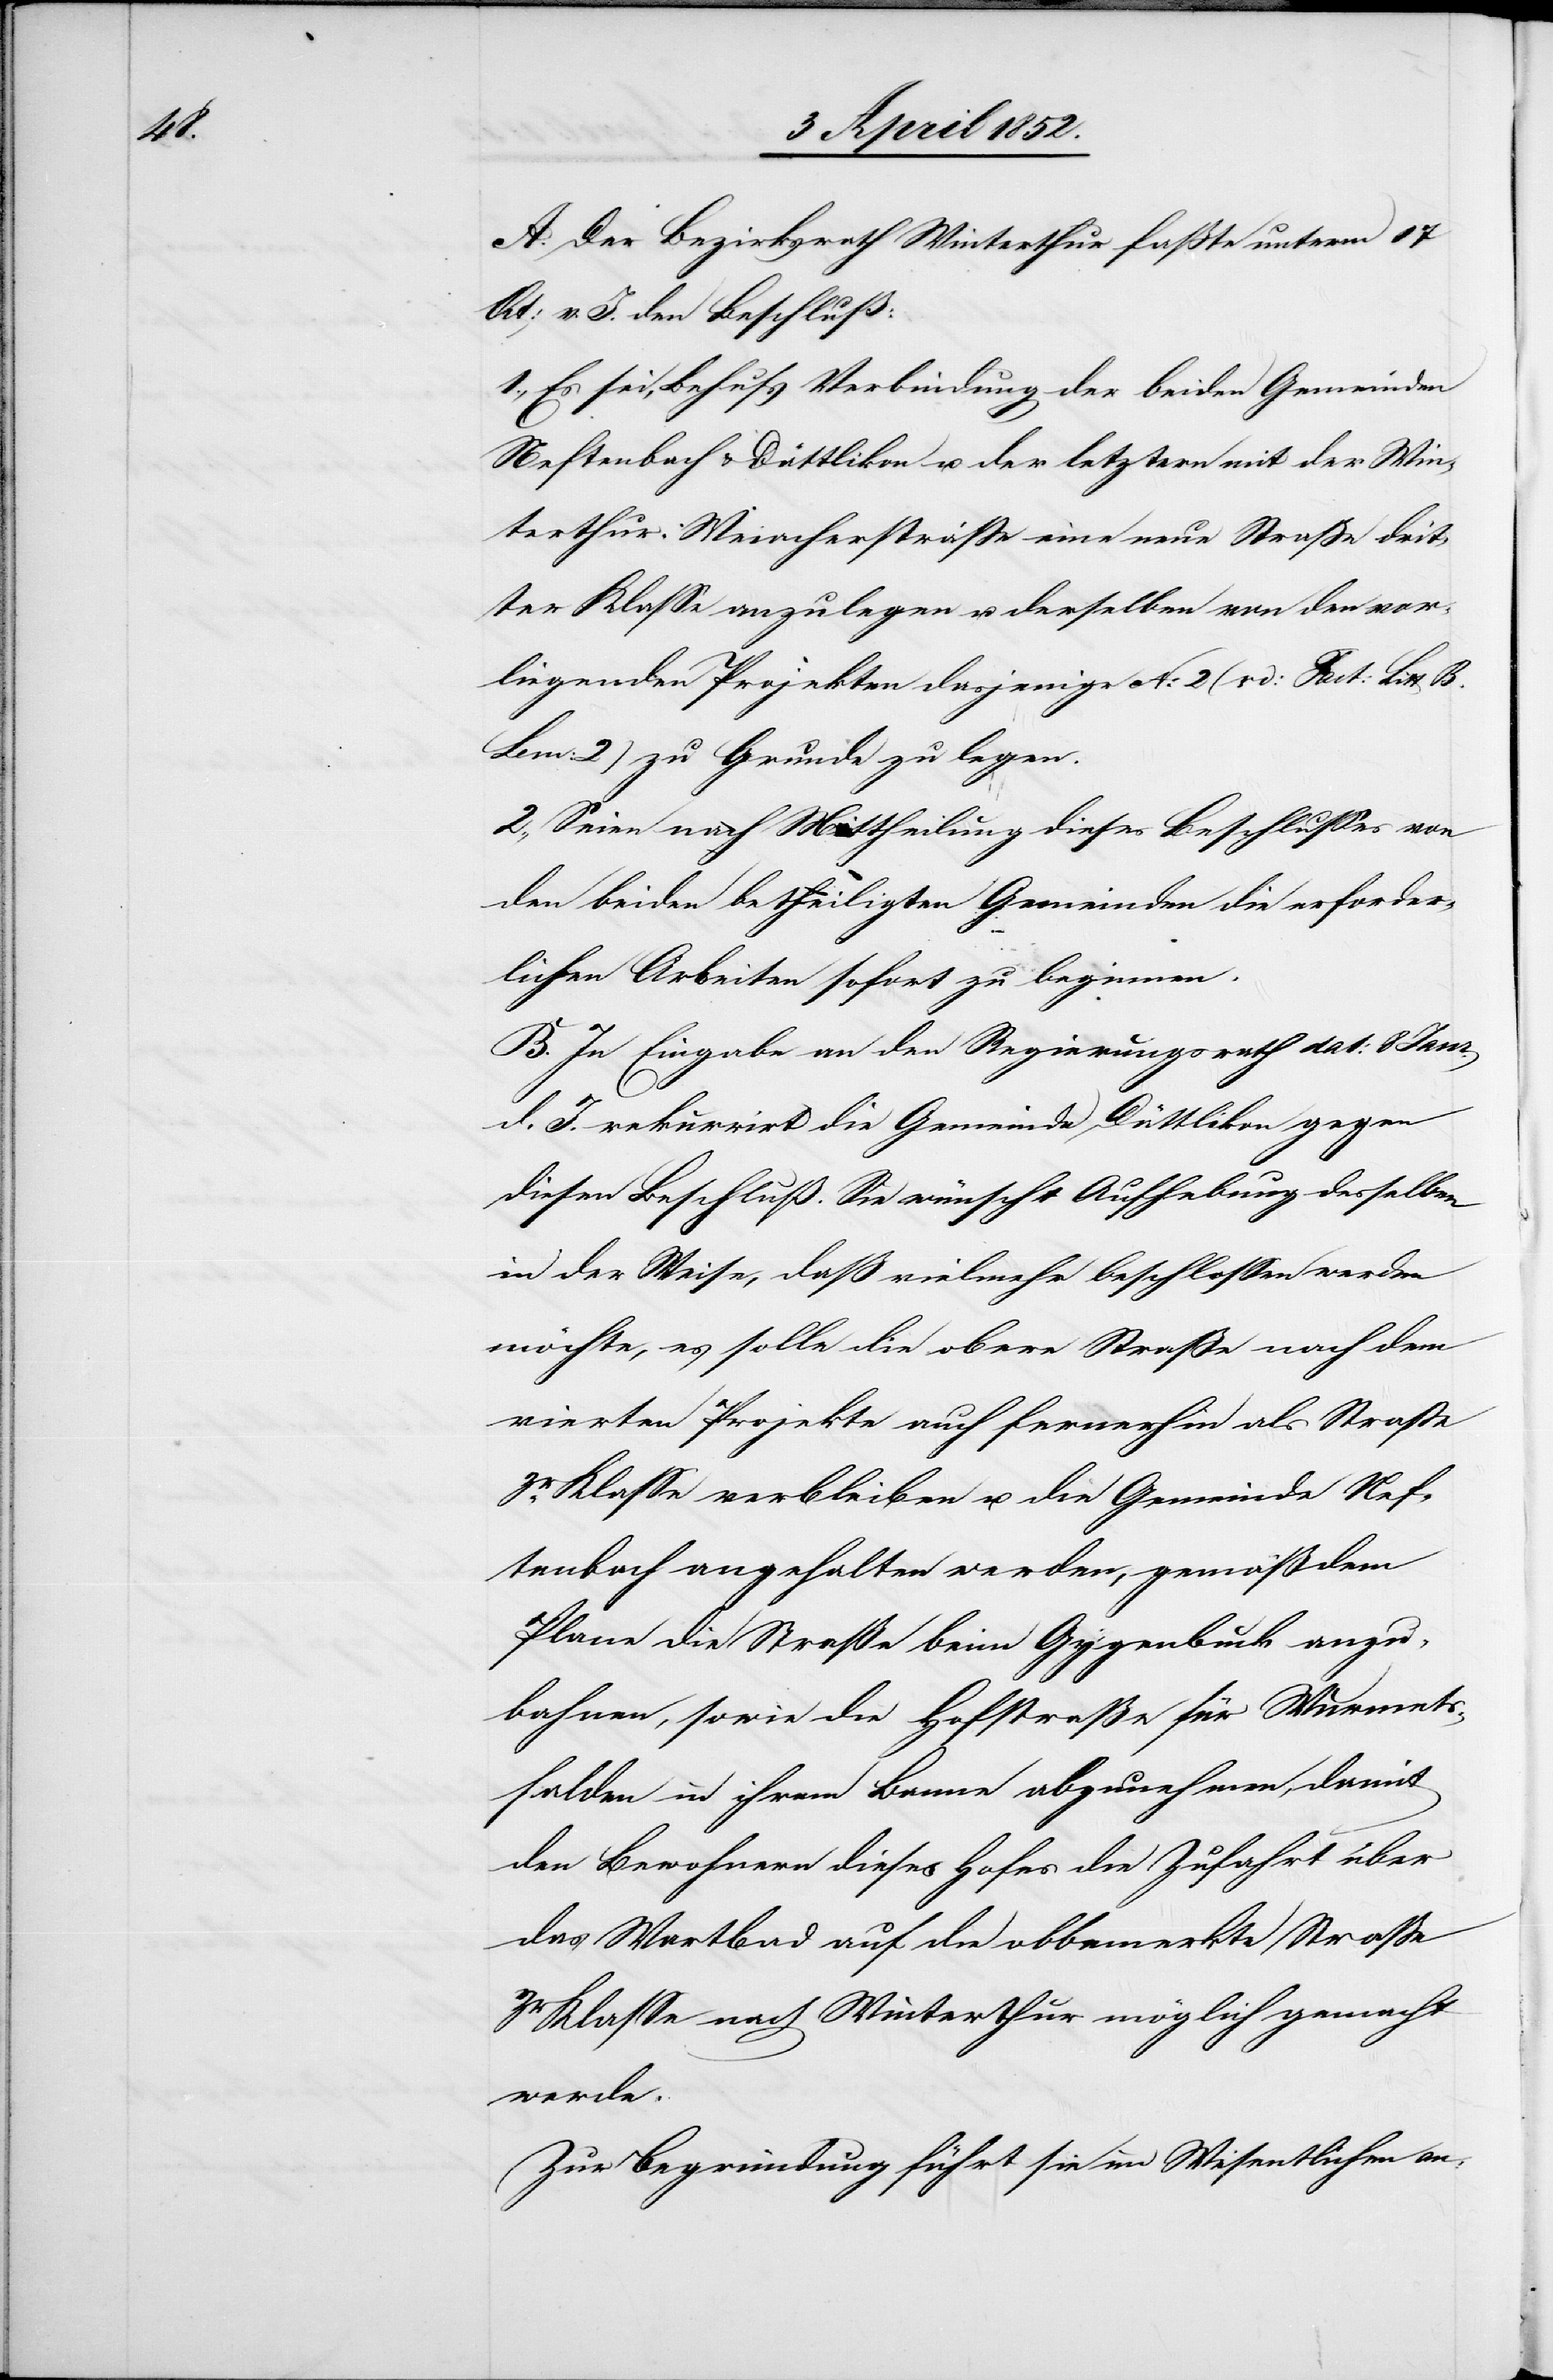
A. Der Bezirksrath Winterthur fasste unterm 17
Oct: v. J. den Beschluß:
1., Es sei, Behufs Verbindung der beiden Gemeinden
Neftenbach & Dättlikon u. der letztern mit der Win¬
terthur-Weiacherstrasse eine neue Strasse drit¬
ter Klasse anzulegen u. derselben von den vor¬
liegenden Projekten dasjenige No. 2 (vd: Fact: Litt B.
Lem: 2) zu Grunde zu legen.
2., Seien nach Mittheilung dieses Beschlusses von
den beiden betheiligten Gemeinden die erforder¬
lichen Arbeiten sofort zu beginnen.
B. In Eingabe an den Regierungsrath dat: 8. Janr.
d. J. rekurrirt die Gemeinde Dättlikon gegen
diesen Beschluß. Sie wünscht Aufhebung desselben
in der Weise, dass vielmehr beschlossen werden
möchte, es solle die obere Strasse nach dem
vierten Projekte auch fernerhin als Strasse
3r. Klasse verbleiben u. die Gemeinde Nef¬
tenbach angehalten werden, gemäß dem
Plane die Straße beim Gygenbuck anzu¬
bahnen, sowie die Hofstraße für Wurmets¬
halden in ihrem Banne abzunehmen, damit
den Bewohnern dieses Hofes die Zufahrt über
das Wartbad auf die obbemerkte Strasse
3r Klasse nach Winterthur möglich gemacht
werde.
Zur Begründung führt sie im Wesentlichen an: